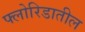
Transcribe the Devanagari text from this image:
फ्लोरिडातील